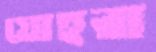
যোহরা